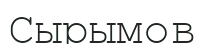
Сырымов